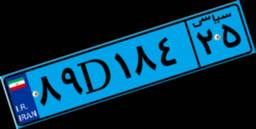
۸۹D۱۸۴۲۵